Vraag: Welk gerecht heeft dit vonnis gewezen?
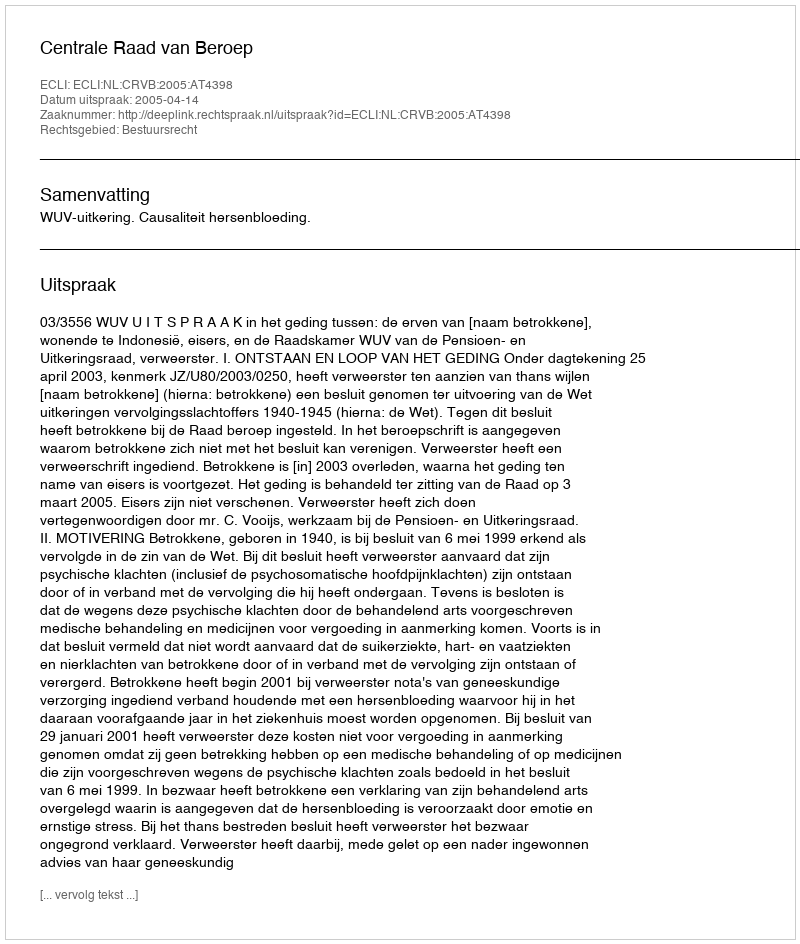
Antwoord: Centrale Raad van Beroep